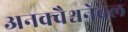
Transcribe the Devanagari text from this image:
अनक्वैश्चनेबल